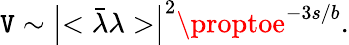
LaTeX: \mathtt{V}\sim\left|<\bar{{\lambda}}\lambda>\right|^{2}\proptoe^{-3s/b}.